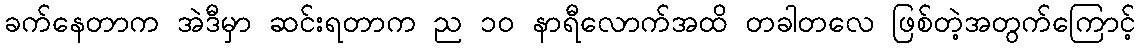
ခက်နေတာက အဲဒီမှာ ဆင်းရတာက ည ၁၀ နာရီလောက်အထိ တခါတလေ ဖြစ်တဲ့အတွက်ကြောင့်